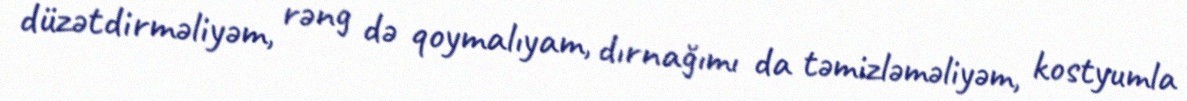
düzətdirməliyəm, rəng də qoymalıyam, dırnağımı da təmizləməliyəm, kostyumla